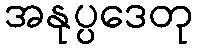
အနုပ္ပဒေတု